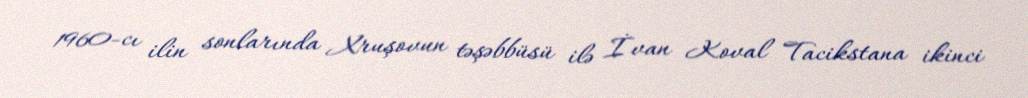
1960-cı ilin sonlarında Xruşovun təşəbbüsü ilə İvan Koval Tacikstana ikinci